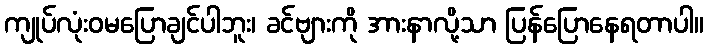
ကျုပ်လုံးဝမပြောချင်ပါဘူး၊ ခင်ဗျားကို အားနာလို့သာ ပြန်ပြောနေရတာပါ။